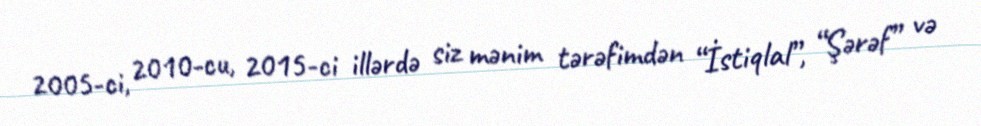
2005-ci, 2010-cu, 2015-ci illərdə siz mənim tərəfimdən “İstiqlal”, “Şərəf” və